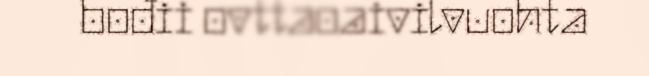
bođii ovttaoaivilvuohta